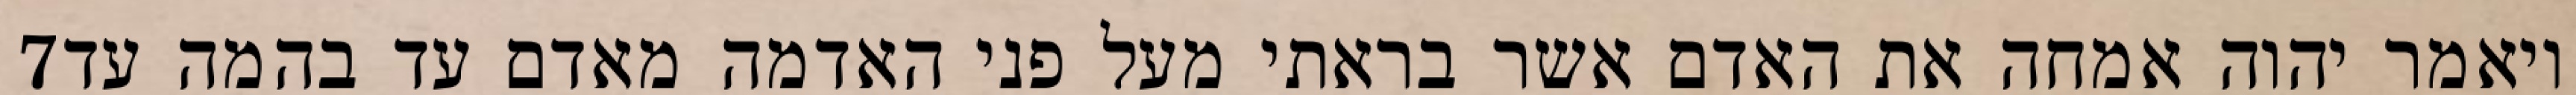
‎7‏ ויאמר יהוה אמחה את האדם אשר בראתי מעל פני האדמה מאדם עד בהמה עד